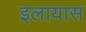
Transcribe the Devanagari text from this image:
इलायास